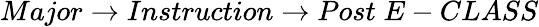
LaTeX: Major\rightarrow Instruction\rightarrow Post\; E-CLASS